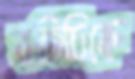
যতিচিহ্নে